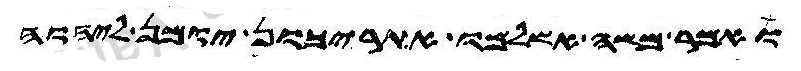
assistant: ואמר משה אשלמו אתריכון יומן ליהוה